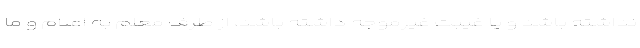
نداشته باشد و یا غیبت غیرموجه داشته باشد، از طرف معلم به اعلام و ما